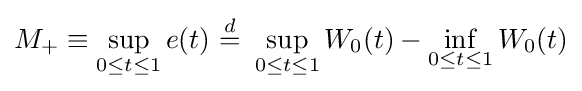
M_{+}\equiv \sup _{0\leq t\leq 1}e(t)\ {\stackrel {d}{=}}\ \sup _{0\leq t\leq 1}W_{0}(t)-\inf _{0\leq t\leq 1}W_{0}(t)